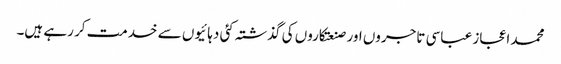
محمد اعجاز عباسی تاجروں اور صنعتکاروں کی گذشتہ کئی دہائیوں سے خدمت کر رہے ہیں۔